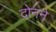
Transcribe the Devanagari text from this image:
दोनने